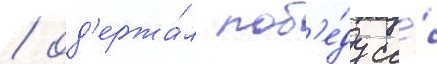
/ од'ержа́л поб'е́ду со́